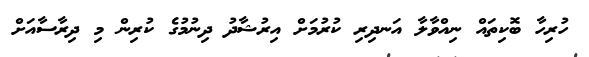
ހުރިހާ ބޮކިތައް ނިއްވާލާ އަނދިރި ކުރުމަށް އިރުޝާދު ދިނުމުގެ ކުރިން މި ދިރާސާއަށް